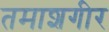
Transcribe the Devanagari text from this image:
तमाशगीर